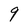
Character: 9